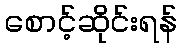
စောင့်ဆိုင်းရန်